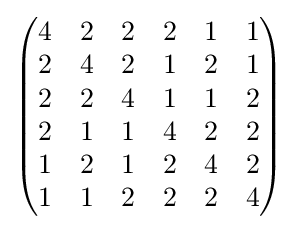
{\begin{pmatrix}4&2&2&2&1&1\\2&4&2&1&2&1\\2&2&4&1&1&2\\2&1&1&4&2&2\\1&2&1&2&4&2\\1&1&2&2&2&4\\\end{pmatrix}}